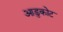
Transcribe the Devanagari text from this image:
आडुकोट